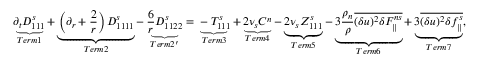
\underbrace { \partial _ { t } D _ { 1 1 1 } ^ { s } } _ { T e r m 1 } + \underbrace { \left( \partial _ { r } + \frac { 2 } { r } \right) D _ { 1 1 1 1 } ^ { s } } _ { T e r m 2 } - \underbrace { \frac { 6 } { r } D _ { 1 1 2 2 } ^ { s } } _ { T e r m 2 ^ { \prime } } = \underbrace { - T _ { 1 1 1 } ^ { s } } _ { T e r m 3 } + \underbrace { 2 \nu _ { s } C ^ { n } } _ { T e r m 4 } - \underbrace { 2 \nu _ { s } Z _ { 1 1 1 } ^ { s } } _ { T e r m 5 } - \underbrace { 3 \frac { \rho _ { n } } { \rho } \overline { { ( \delta u ) ^ { 2 } \delta F _ { \parallel } ^ { n s } } } } _ { T e r m 6 } + \underbrace { 3 \overline { { ( \delta u ) ^ { 2 } \delta f _ { \parallel } ^ { s } } } } _ { T e r m 7 } ,